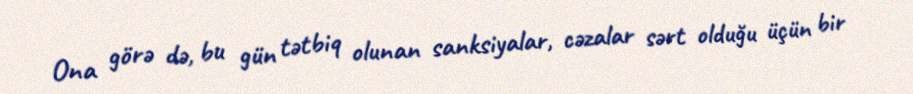
Ona görə də, bu gün tətbiq olunan sanksiyalar, cəzalar sərt olduğu üçün bir